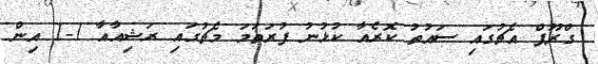
ގްރޫޕް އެޗުގައި ސައުތު ކޮރެއާ ކުޅުނު ފުރަތަމަ މެޗުގައި ރަޝިއާއާ 1-1 އިން